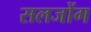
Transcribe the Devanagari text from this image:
सलजोंग